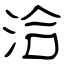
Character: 洽